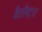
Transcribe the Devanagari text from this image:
वैशीष्ट्य